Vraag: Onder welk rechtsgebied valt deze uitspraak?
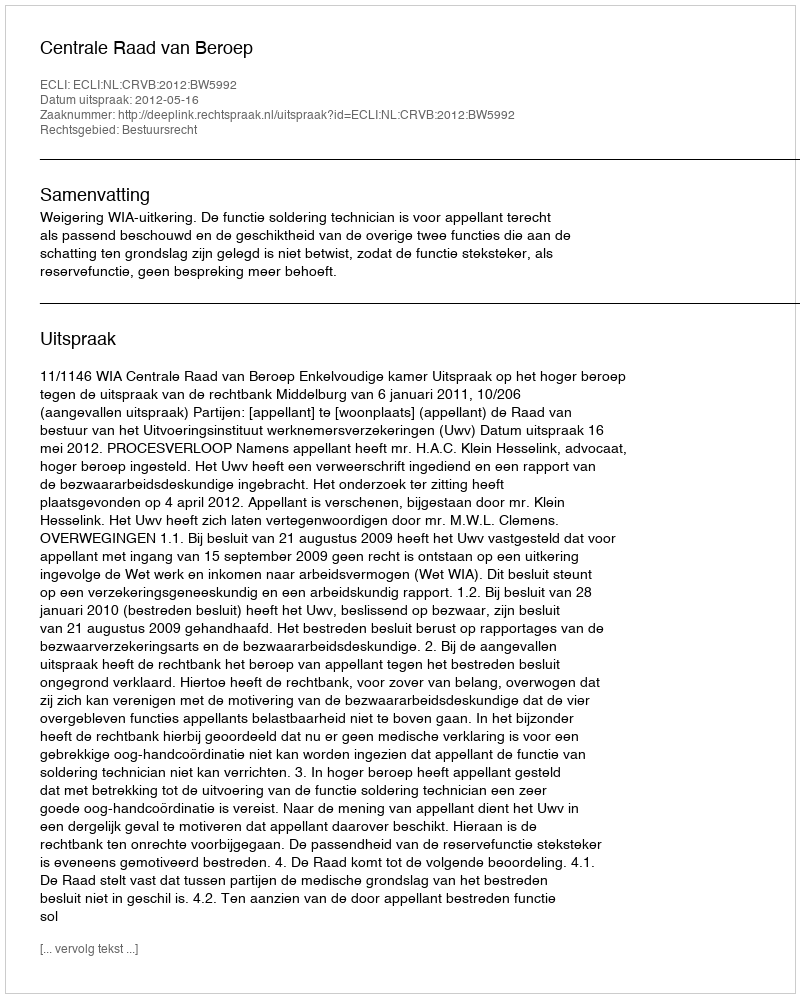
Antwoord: Bestuursrecht